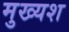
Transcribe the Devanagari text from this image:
मुख्यश